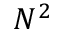
N ^ { 2 }